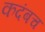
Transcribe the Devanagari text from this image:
कदंबच